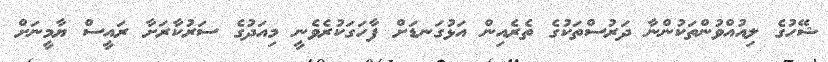
ޝޭހުގެ ލިއުއްވުންތަކުންނާ ދަރުސްތަކުގެ ތެރެއިން އަޅުގަނޑަށް ފާހަގަކުރެވެނީ މިއަދުގެ ސަރުކާރަށާ ރައީސް ޔާމީނަށް